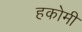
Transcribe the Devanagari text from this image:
हकोमी